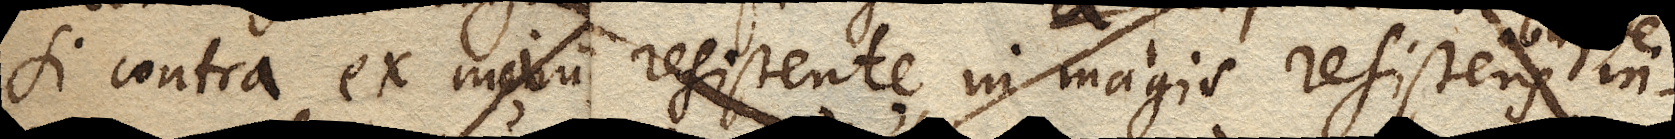
si contra ex medii resistente in magis resistens in-